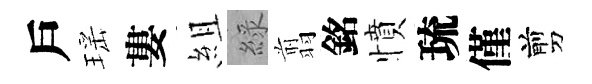
戶瑶婁組綠翦銘憤琉僅剪